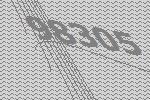
98305